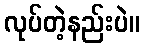
လုပ်တဲ့နည်းပဲ။